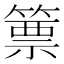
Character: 篻